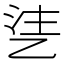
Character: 乼